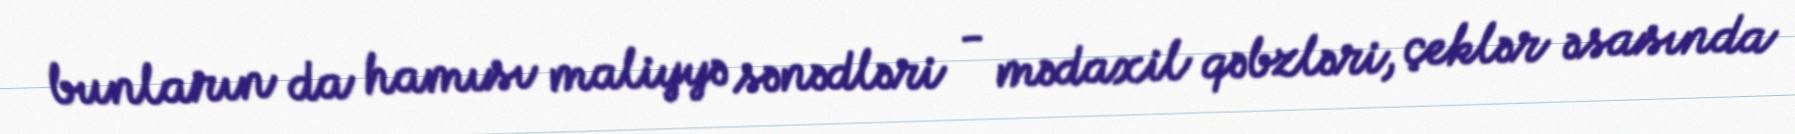
bunların da hamısı maliyyə sənədləri - mədaxil qəbzləri, çeklər əsasında